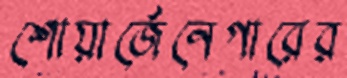
শোয়ার্জেনেগারের